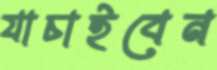
যাচাইবেন